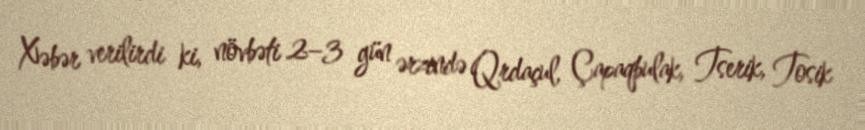
Xəbər verilirdi ki, növbəti 2–3 gün ərzində Qrdaçul, Çapaqbulak, Tserik, Tosik